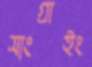
সাংগ্রাইং